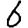
Digit: 6